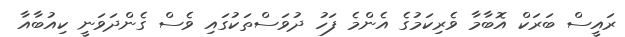
ރައީސް ބަރަކް އޮބާމާ ވެރިކަމުގެ އެންމެ ފަހު ދުވަސްތަކުގައި ވެސް ގެންދަވަނީ ކިއުބާއާ